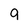
Character: g